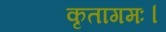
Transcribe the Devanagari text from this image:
कृतागमः।